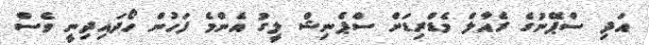
އަދި ސްޕޭނުގެ ރެއާލް މެޑްރިޑަށް ސްޕެނިޝް ލީގު އެންމެ ފަހުން ހޯދައިދިނީ ވެސް